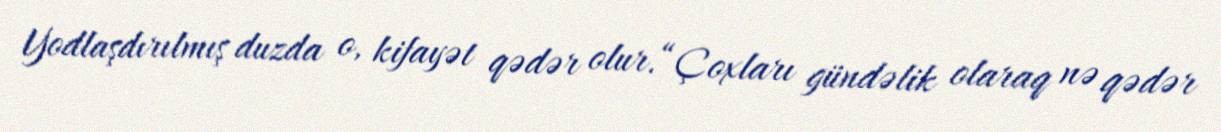
Yodlaşdırılmış duzda o, kifayət qədər olur.“Çoxları gündəlik olaraq nə qədər